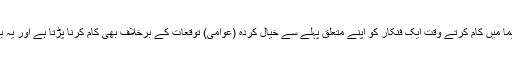
مادھوری نے کہا کہ سنیما میں کام کرتے وقت ایک فنکار کو اپنے متعلق پہلے سے خیال کردہ (عوامی) توقعات کے برخلاف بھی کام کرنا پڑتا ہے اور یہ بہت مشکل عمل ہوتا ہے۔